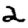
Digit: 2